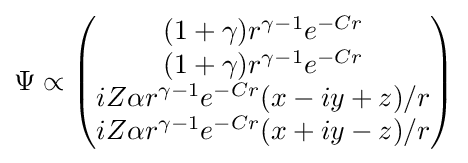
\Psi \propto {\begin{pmatrix}(1+\gamma )r^{\gamma -1}e^{-Cr}\\(1+\gamma )r^{\gamma -1}e^{-Cr}\\iZ\alpha r^{\gamma -1}e^{-Cr}(x-iy+z)/r\\iZ\alpha r^{\gamma -1}e^{-Cr}(x+iy-z)/r\end{pmatrix}}